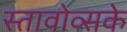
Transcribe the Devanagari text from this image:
स्तावोव्सके